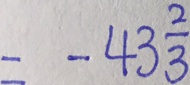
= - 4 3 \frac { 2 } { 3 }